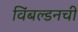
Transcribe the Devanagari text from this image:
विंबल्डनची